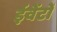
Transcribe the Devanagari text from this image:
ईवेंटों